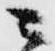
ニ